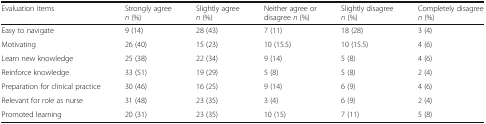
<table><thead><tr><td><b>Evaluation items</b></td><td><b>Strongly agree<i>n</i> (%)</b></td><td><b>Slightly agree<i>n</i> (%)</b></td><td><b>Neither agree or disagree <i>n</i> (%)</b></td><td><b>Slightly disagree<i>n</i> (%)</b></td><td><b>Completely disagree<i>n</i> (%)</b></td></tr></thead><tbody><tr><td>Easy to navigate</td><td>9 (14)</td><td>28 (43)</td><td>7 (11)</td><td>18 (28)</td><td>3 (4)</td></tr><tr><td>Motivating</td><td>26 (40)</td><td>15 (23)</td><td>10 (15.5)</td><td>10 (15.5)</td><td>4 (6)</td></tr><tr><td>Learn new knowledge</td><td>25 (38)</td><td>22 (34)</td><td>9 (14)</td><td>5 (8)</td><td>4 (6)</td></tr><tr><td>Reinforce knowledge</td><td>33 (51)</td><td>19 (29)</td><td>5 (8)</td><td>5 (8)</td><td>2 (4)</td></tr><tr><td>Preparation for clinical practice</td><td>30 (46)</td><td>16 (25)</td><td>9 (14)</td><td>6 (9)</td><td>4 (6)</td></tr><tr><td>Relevant for role as nurse</td><td>31 (48)</td><td>23 (35)</td><td>3 (4)</td><td>6 (9)</td><td>2 (4)</td></tr><tr><td>Promoted learning</td><td>20 (31)</td><td>23 (35)</td><td>10 (15)</td><td>7 (11)</td><td>5 (8)</td></tr></tbody></table>